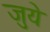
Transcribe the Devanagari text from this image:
जुये